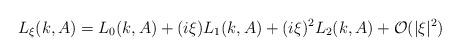
LaTeX: \begin{align*}L_\xi(k,A)=L_0(k,A)+(i\xi)L_1(k,A)+(i\xi)^2L_2(k,A)+\mathcal{O}(|\xi|^2)\end{align*}